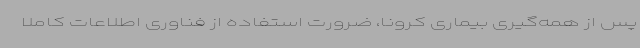
پس از همه‌گیری بیماری کرونا، ضرورت استفاده از فناوری اطلاعات کاملاً